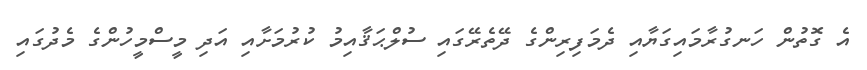
އެ ގޮތުން ހަނގުރާމައިގަޔާއި ދެމަފިރިންގެ ދޭތެރޭގައި ސުލްޙަޤާއިމު ކުރުމަށާއި އަދި މީސްމީހުންގެ މެދުގައި